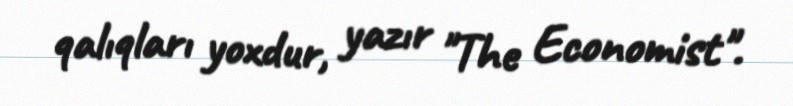
qalıqları yoxdur, yazır "The Economist".